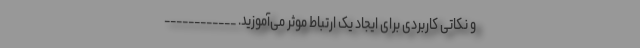
و نکاتی کاربردی برای ایجاد یک ارتباط موثر می‌آموزید. ____________